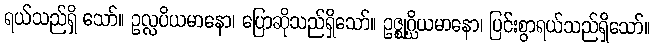
ရယ်သည်ရှိ သော်။ ဥလ္လပိယမာနော၊ ပြောဆိုသည်ရှိသော်။ ဥဇ္ဈဂ္ဃိယမာနော၊ ပြင်းစွာရယ်သည်ရှိသော်။